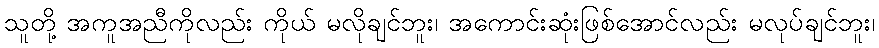
သူတို့ အကူအညီကိုလည်း ကိုယ် မလိုချင်ဘူး၊ အကောင်းဆုံးဖြစ်အောင်လည်း မလုပ်ချင်ဘူး၊